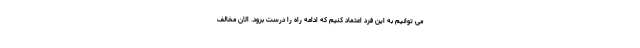
می توانیم به این فرد اعتماد کنیم که ادامه راه را درست برود. الان مخالف